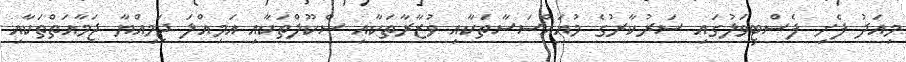
މިއަދު ފެށި ފެސްޓިވަލުގައި ސަރުކާރުގެ މުއައްސަސާތަކާއި ވުޒާރާތަކާއި ސްކޫލްތަކާއި އަމިއްލަ ޖަމިއްޔާ ޖަމާއަތްތަކާއި